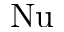
\mathrm { N u }